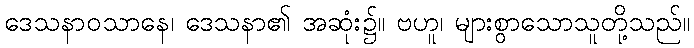
ဒေသနာဝသာနေ၊ ဒေသနာ၏ အဆုံး၌။ ဗဟူ၊ များစွာသောသူတို့သည်။